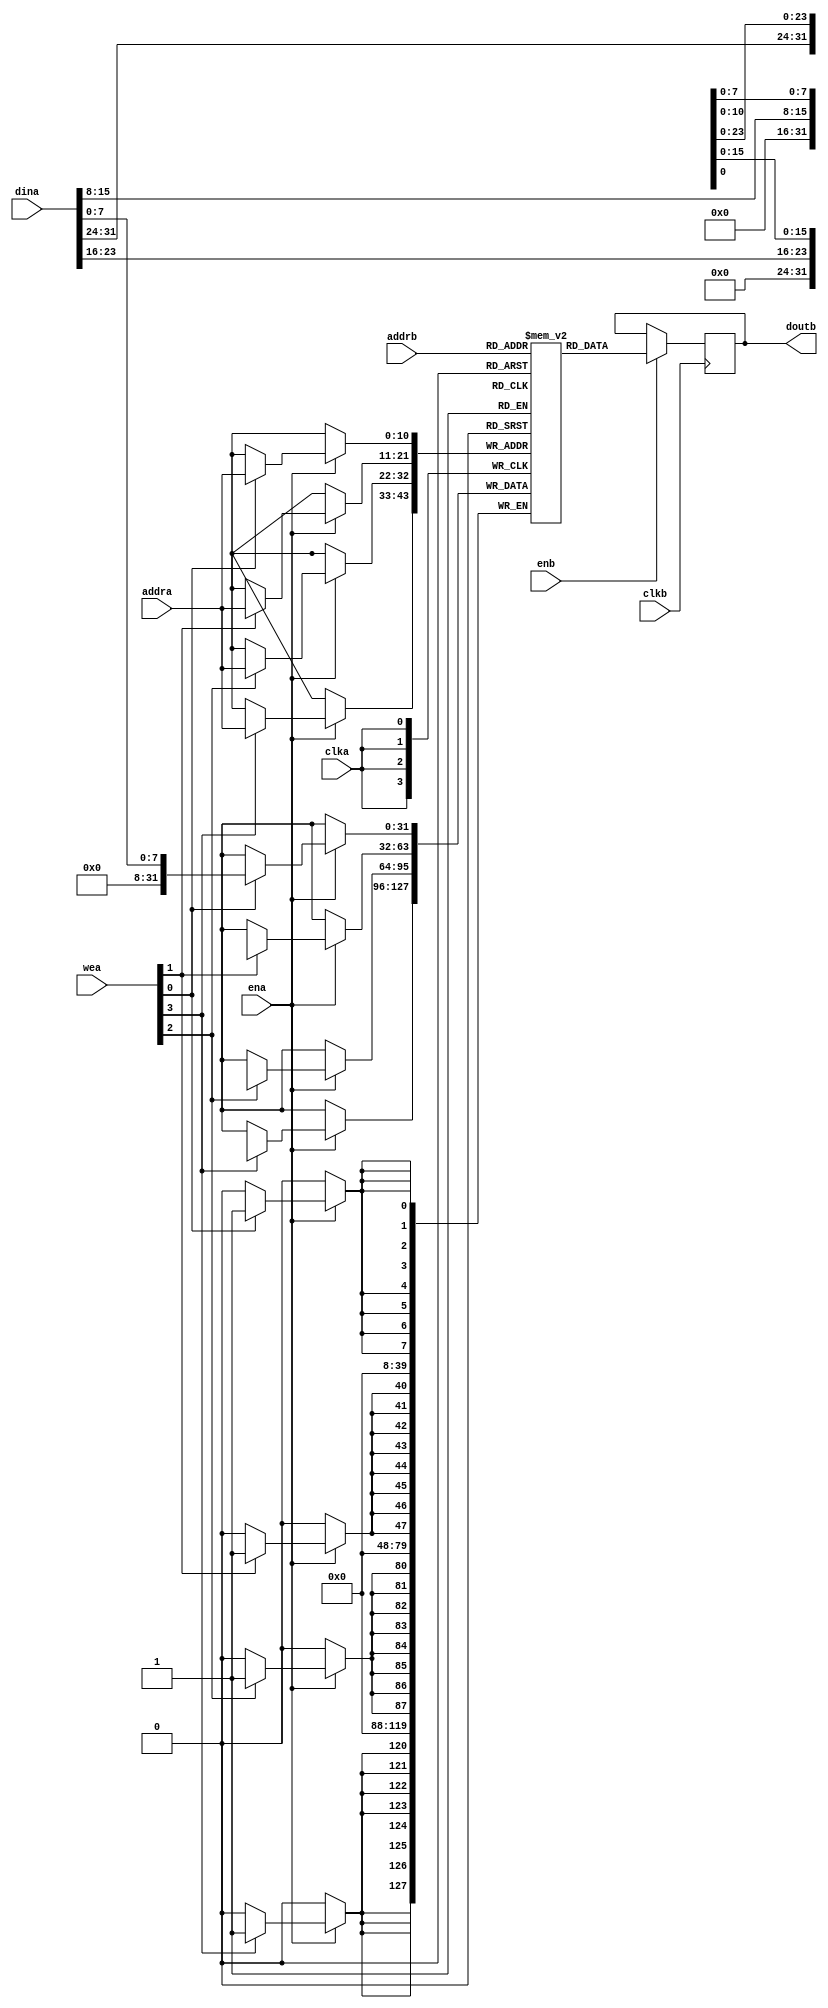
// This program was cloned from: https://github.com/ucsdsysnet/Rosebud
// License: MIT License

/*

Copyright (c) 2019-2021 Moein Khazraee

Permission is hereby granted, free of charge, to any person obtaining a copy
of this software and associated documentation files (the "Software"), to deal
in the Software without restriction, including without limitation the rights
to use, copy, modify, merge, publish, distribute, sublicense, and/or sell
copies of the Software, and to permit persons to whom the Software is
furnished to do so, subject to the following conditions:

The above copyright notice and this permission notice shall be included in
all copies or substantial portions of the Software.

THE SOFTWARE IS PROVIDED "AS IS", WITHOUT WARRANTY OF ANY KIND, EXPRESS OR
IMPLIED, INCLUDING BUT NOT LIMITED TO THE WARRANTIES OF MERCHANTABILITY
FITNESS FOR A PARTICULAR PURPOSE AND NONINFRINGEMENT. IN NO EVENT SHALL THE
AUTHORS OR COPYRIGHT HOLDERS BE LIABLE FOR ANY CLAIM, DAMAGES OR OTHER
LIABILITY, WHETHER IN AN ACTION OF CONTRACT, TORT OR OTHERWISE, ARISING FROM,
OUT OF OR IN CONNECTION WITH THE SOFTWARE OR THE USE OR OTHER DEALINGS IN
THE SOFTWARE.

*/

// Language: Verilog 2001

`resetall
`timescale 1ns / 1ps
`default_nettype none

module mem_1r1w # (
  parameter BYTES_PER_LINE = 4,
  parameter ADDR_WIDTH     = 11,
  parameter LINE_SIZE      = 8*BYTES_PER_LINE
)(
  input  wire                      clka,
  input  wire                      ena,
  input  wire [BYTES_PER_LINE-1:0] wea,
  input  wire [ADDR_WIDTH-1:0]     addra,
  input  wire [LINE_SIZE-1 :0]     dina,

  input  wire                      clkb,
  input  wire                      enb,
  input  wire [ADDR_WIDTH-1:0]     addrb,
  output wire [LINE_SIZE-1 :0]     doutb
);

(* ram_style = "block" *)
reg [LINE_SIZE-1:0] mem [0:(2**ADDR_WIDTH)-1];
reg [LINE_SIZE-1:0] mem_out;
integer i;

always @ (posedge clka)
  if (ena)
    for (i = 0; i < BYTES_PER_LINE; i = i + 1)
      if (wea[i] == 1'b1)
        mem[addra][i*8 +: 8]  <= dina[i*8 +: 8];

always @ (posedge clkb)
  if (enb)
    mem_out <= mem[addrb];

assign doutb = mem_out;

endmodule

module mem_2rw_bram # (
  parameter BYTES_PER_LINE = 4,
  parameter ADDR_WIDTH     = 13,
  parameter LINE_SIZE      = 8*BYTES_PER_LINE
)(
  input  wire                      clka,
  input  wire                      ena,
  input  wire                      rena,
  input  wire [BYTES_PER_LINE-1:0] wena,
  input  wire [ADDR_WIDTH-1    :0] addra,
  input  wire [LINE_SIZE-1     :0] dina,
  output wire [LINE_SIZE-1     :0] douta,

  input  wire                      clkb,
  input  wire                      enb,
  input  wire                      renb,
  input  wire [BYTES_PER_LINE-1:0] wenb,
  input  wire [ADDR_WIDTH-1    :0] addrb,
  input  wire [LINE_SIZE-1     :0] dinb,
  output wire [LINE_SIZE-1     :0] doutb
);

(* ram_style = "block" *)
reg [LINE_SIZE-1:0] mem [0:(2**ADDR_WIDTH)-1];
reg [LINE_SIZE-1:0] mem_out_a;
reg [LINE_SIZE-1:0] mem_out_b;
integer i;

always @ (posedge clka)
  if (ena) begin
    for (i = 0; i < BYTES_PER_LINE; i = i + 1)
      if (wena[i])
        mem[addra][i*8 +: 8]  <= dina[i*8 +: 8];
    if (rena)
      mem_out_a <= mem[addra];
  end

always @ (posedge clkb)
  if (enb) begin
    for (i = 0; i < BYTES_PER_LINE; i = i + 1)
      if (wenb[i])
        mem[addrb][i*8 +: 8]  <= dinb[i*8 +: 8];
    if (renb)
      mem_out_b <= mem[addrb];
  end

assign douta = mem_out_a;
assign doutb = mem_out_b;

// Mostly for test benches
// synthesis translate_off
integer j;
initial begin
    // two nested loops for smaller number of iterations per loop
    // workaround for synthesizer complaints about large loop counts
    for (i = 0; i < 2**(ADDR_WIDTH); i = i + 2**((ADDR_WIDTH-1)/2)) begin
        for (j = i; j < i + 2**((ADDR_WIDTH-1)/2); j = j + 1) begin
            mem[j] = {LINE_SIZE{1'b0}};
        end
    end
end
// synthesis translate_on

endmodule

module mem_1r1w_uram_pipelined # (
  parameter BYTES_PER_LINE = 4,
  parameter ADDR_WIDTH     = 11,
  parameter LINE_SIZE      = 8*BYTES_PER_LINE,
  parameter RAM_PIPELINE   = 2
)(
  input  wire                      clk,
  input  wire                      rst,

  input  wire                      ena,
  input  wire [ADDR_WIDTH-1:0]     addra,
  input  wire [LINE_SIZE-1 :0]     dina,

  input  wire                      enb,
  input  wire [ADDR_WIDTH-1:0]     addrb,
  output wire [LINE_SIZE-1 :0]     doutb
);

(* ram_style = "ultra" *)
reg [LINE_SIZE-1:0] mem [(1<<ADDR_WIDTH)-1:0];
reg [LINE_SIZE-1:0] mem_out;

reg [LINE_SIZE-1: 0]   dout_regs [RAM_PIPELINE-1:0];
reg [RAM_PIPELINE-1:0] enb_regs;

integer i;

always @ (posedge clk)
  if (ena)
    mem[addra] <= dina;

always @ (posedge clk)
  if (enb)
    dout_regs[0] <= mem[addrb];

// Pipeline registers
always @(posedge clk) begin
  enb_regs[0] <= enb;
  for (i = 1 ; i < RAM_PIPELINE; i = i + 1) begin
    enb_regs[i] <= enb_regs[i-1];
    if (enb_regs[i-1])
      dout_regs[i] <= dout_regs[i-1];
  end
  if (rst)
    enb_regs <= 0;
end

assign doutb = dout_regs[RAM_PIPELINE-1];

endmodule

module mem_2rw_uram # (
  parameter BYTES_PER_LINE = 4,
  parameter ADDR_WIDTH     = 13,
  parameter LINE_SIZE      = 8*BYTES_PER_LINE
)(
  input  wire                      clk,

  input  wire                      ena,
  input  wire [BYTES_PER_LINE-1:0] wena,
  input  wire [ADDR_WIDTH-1    :0] addra,
  input  wire [LINE_SIZE-1     :0] dina,
  output wire [LINE_SIZE-1     :0] douta,

  input  wire                      enb,
  input  wire [BYTES_PER_LINE-1:0] wenb,
  input  wire [ADDR_WIDTH-1    :0] addrb,
  input  wire [LINE_SIZE-1     :0] dinb,
  output wire [LINE_SIZE-1     :0] doutb
);

(* ram_style = "ultra" *)
reg [LINE_SIZE-1:0] mem [(1<<ADDR_WIDTH)-1:0];
reg [LINE_SIZE-1:0] mem_out_a;
reg [LINE_SIZE-1:0] mem_out_b;
integer i;

always @ (posedge clk)
  if (ena)
    for (i = 0; i < BYTES_PER_LINE; i = i + 1)
      if (wena[i])
        mem[addra][i*8 +: 8]  <= dina[i*8 +: 8];

always @ (posedge clk)
  if (ena)
    if (~|wena)
      mem_out_a <= mem[addra];

always @ (posedge clk)
  if (enb)
    for (i = 0; i < BYTES_PER_LINE; i = i + 1)
      if (wenb[i])
        mem[addrb][i*8 +: 8]  <= dinb[i*8 +: 8];

always @ (posedge clk)
  if (enb)
    if (~|wenb)
      mem_out_b <= mem[addrb];

assign douta = mem_out_a;
assign doutb = mem_out_b;

// Only for simulation, URAM cannot be loaded during programming
// synthesis translate_off
integer j;
initial begin
    // two nested loops for smaller number of iterations per loop
    // workaround for synthesizer complaints about large loop counts
    for (i = 0; i < 2**(ADDR_WIDTH); i = i + 2**((ADDR_WIDTH-1)/2)) begin
        for (j = i; j < i + 2**((ADDR_WIDTH-1)/2); j = j + 1) begin
            mem[j] = {LINE_SIZE{1'b0}};
        end
    end
end
// synthesis translate_on

endmodule

`resetall